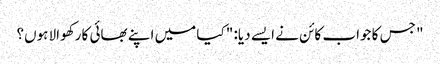
" جس کا جواب کائن نے ایسے دیا: " کیا میں اپنے بھائی کا رکھوالا ہوں؟